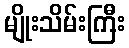
မျိုးသိမ်းကြီး